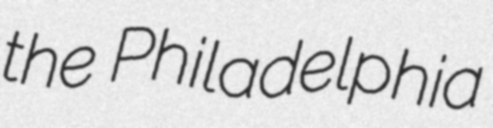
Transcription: the Philadelphia